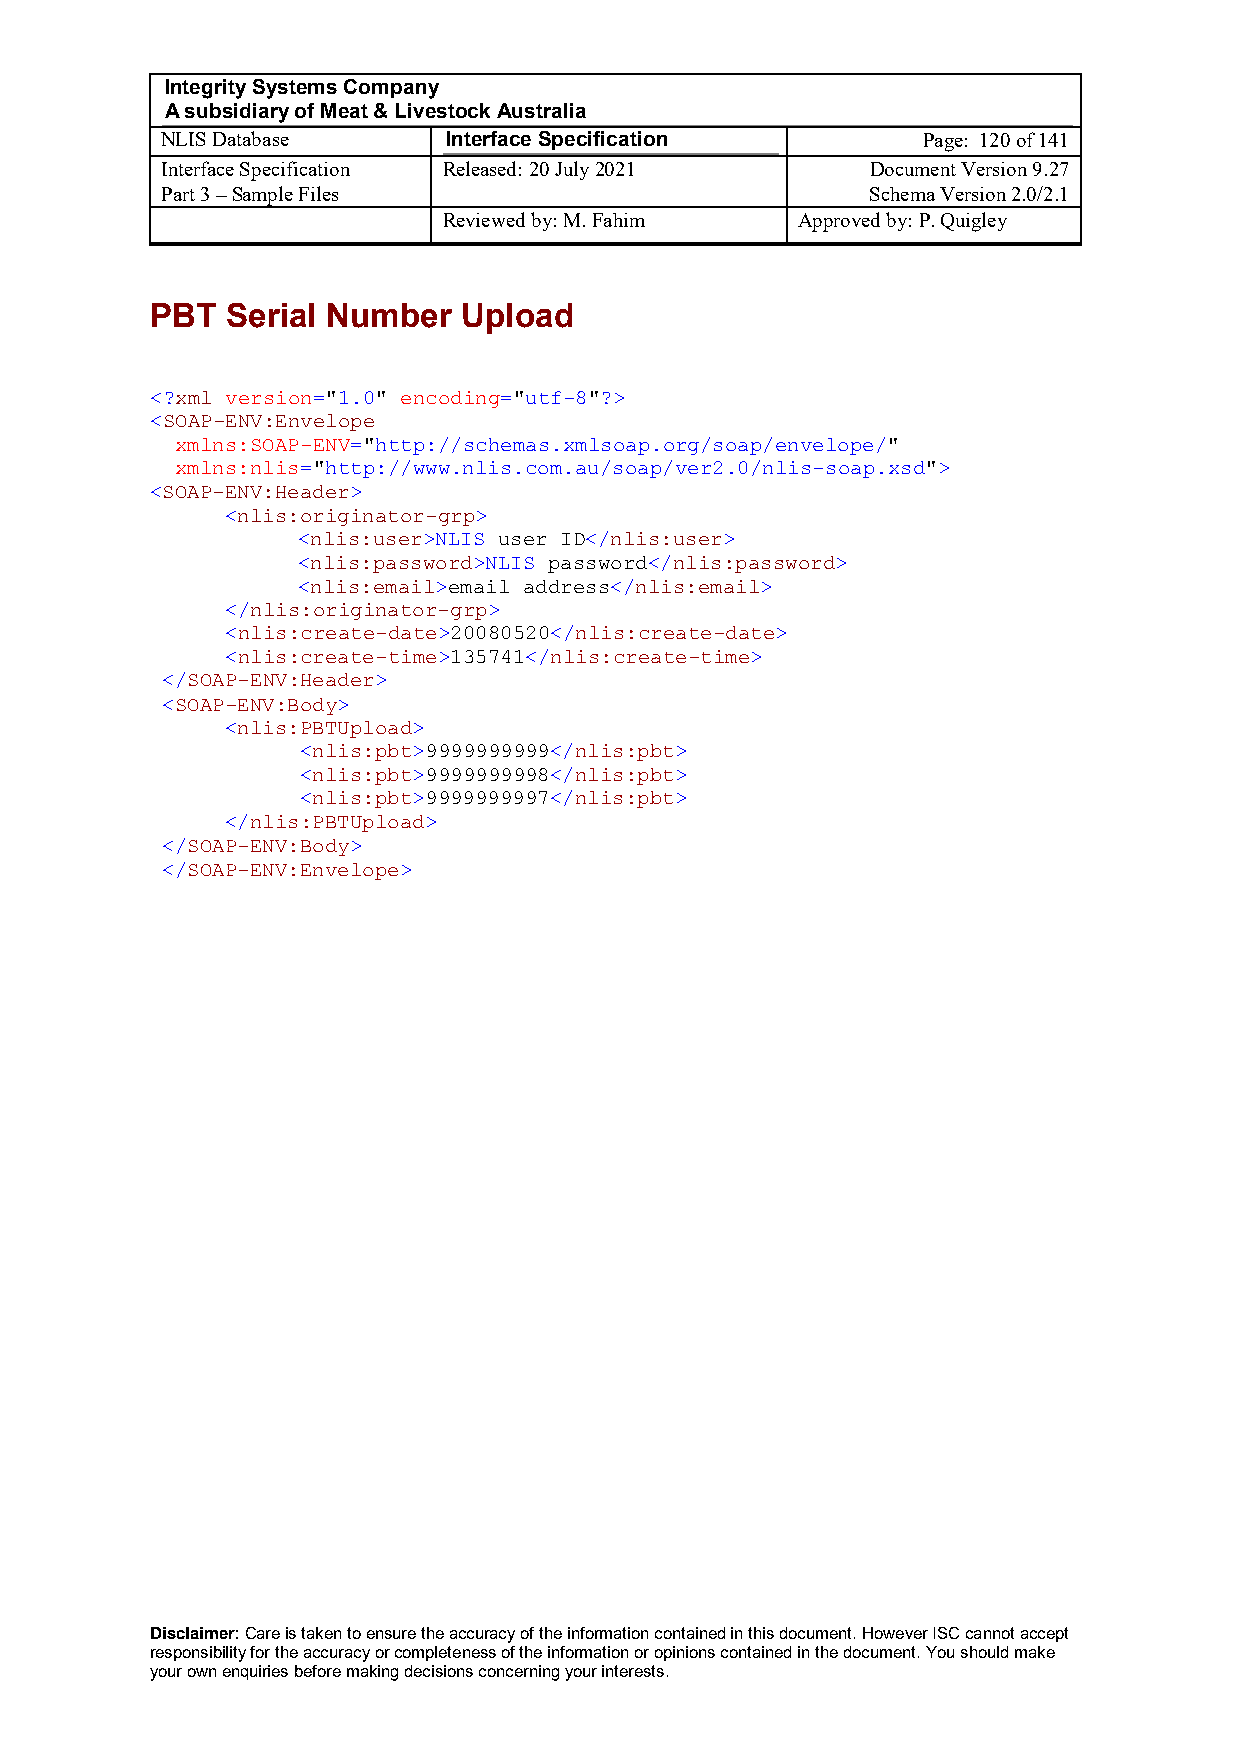
Integrity Systems Company
 A subsidiary of Meat & Livestock Australia
 NLIS Database      Interface Specification        Page: 120 of 141
 Interface Specification Released: 20 July 2021 Document Version 9.27
 Part 3 – Sample Files                          Schema Version 2.0/2.1
 Reviewed by: M. Fahim   Approved by: P. Quigley
 PBT  Serial Number   Upload
 <?xml version="1.0" encoding="utf-8"?>
 <SOAP-ENV:Envelope
 xmlns:SOAP-ENV="http://schemas.xmlsoap.org/soap/envelope/"
 xmlns:nlis="http://www.nlis.com.au/soap/ver2.0/nlis-soap.xsd">
 <SOAP-ENV:Header>
 <nlis:originator-grp>
 <nlis:user>NLIS user ID</nlis:user>
 <nlis:password>NLIS password</nlis:password>
 <nlis:email>email address</nlis:email>
 </nlis:originator-grp>
 <nlis:create-date>20080520</nlis:create-date>
 <nlis:create-time>135741</nlis:create-time>
 </SOAP-ENV:Header>
 <SOAP-ENV:Body>
 <nlis:PBTUpload>
 <nlis:pbt>9999999999</nlis:pbt>
 <nlis:pbt>9999999998</nlis:pbt>
 <nlis:pbt>9999999997</nlis:pbt>
 </nlis:PBTUpload>
 </SOAP-ENV:Body>
 </SOAP-ENV:Envelope>
 Disclaimer: Care is taken to ensure the accuracy of the information contained in this document. However ISC cannot accept
 responsibility for the accuracy or completeness of the information or opinions contained in the document. You should make
 your own enquiries before making decisions concerning your interests.